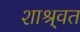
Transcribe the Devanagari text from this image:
शाश्र्वत